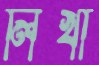
লিখা